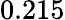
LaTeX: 0.215